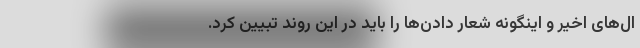
ال‌های اخیر و اینگونه شعار دادن‌ها را باید در این روند تبیین کرد.